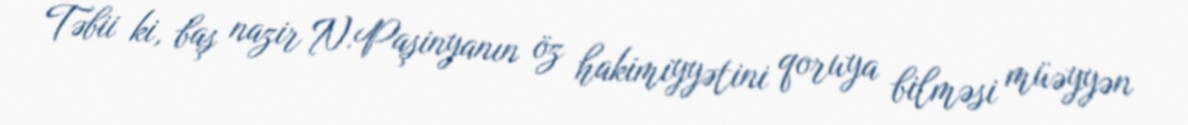
Təbii ki, baş nazir N.Paşinyanın öz hakimiyyətini qoruya bilməsi müəyyən